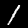
Digit: 1